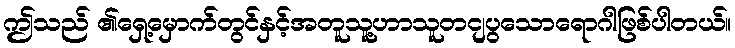
ဤသည် ၏ရှေ့မှောက်တွင်နှင့်အတူသူ့ဟာသူတငျပွသောရောဂါဖြစ်ပါတယ်။